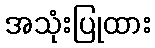
အသုံးပြုထား